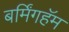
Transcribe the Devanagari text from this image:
बर्मिंगहॅम